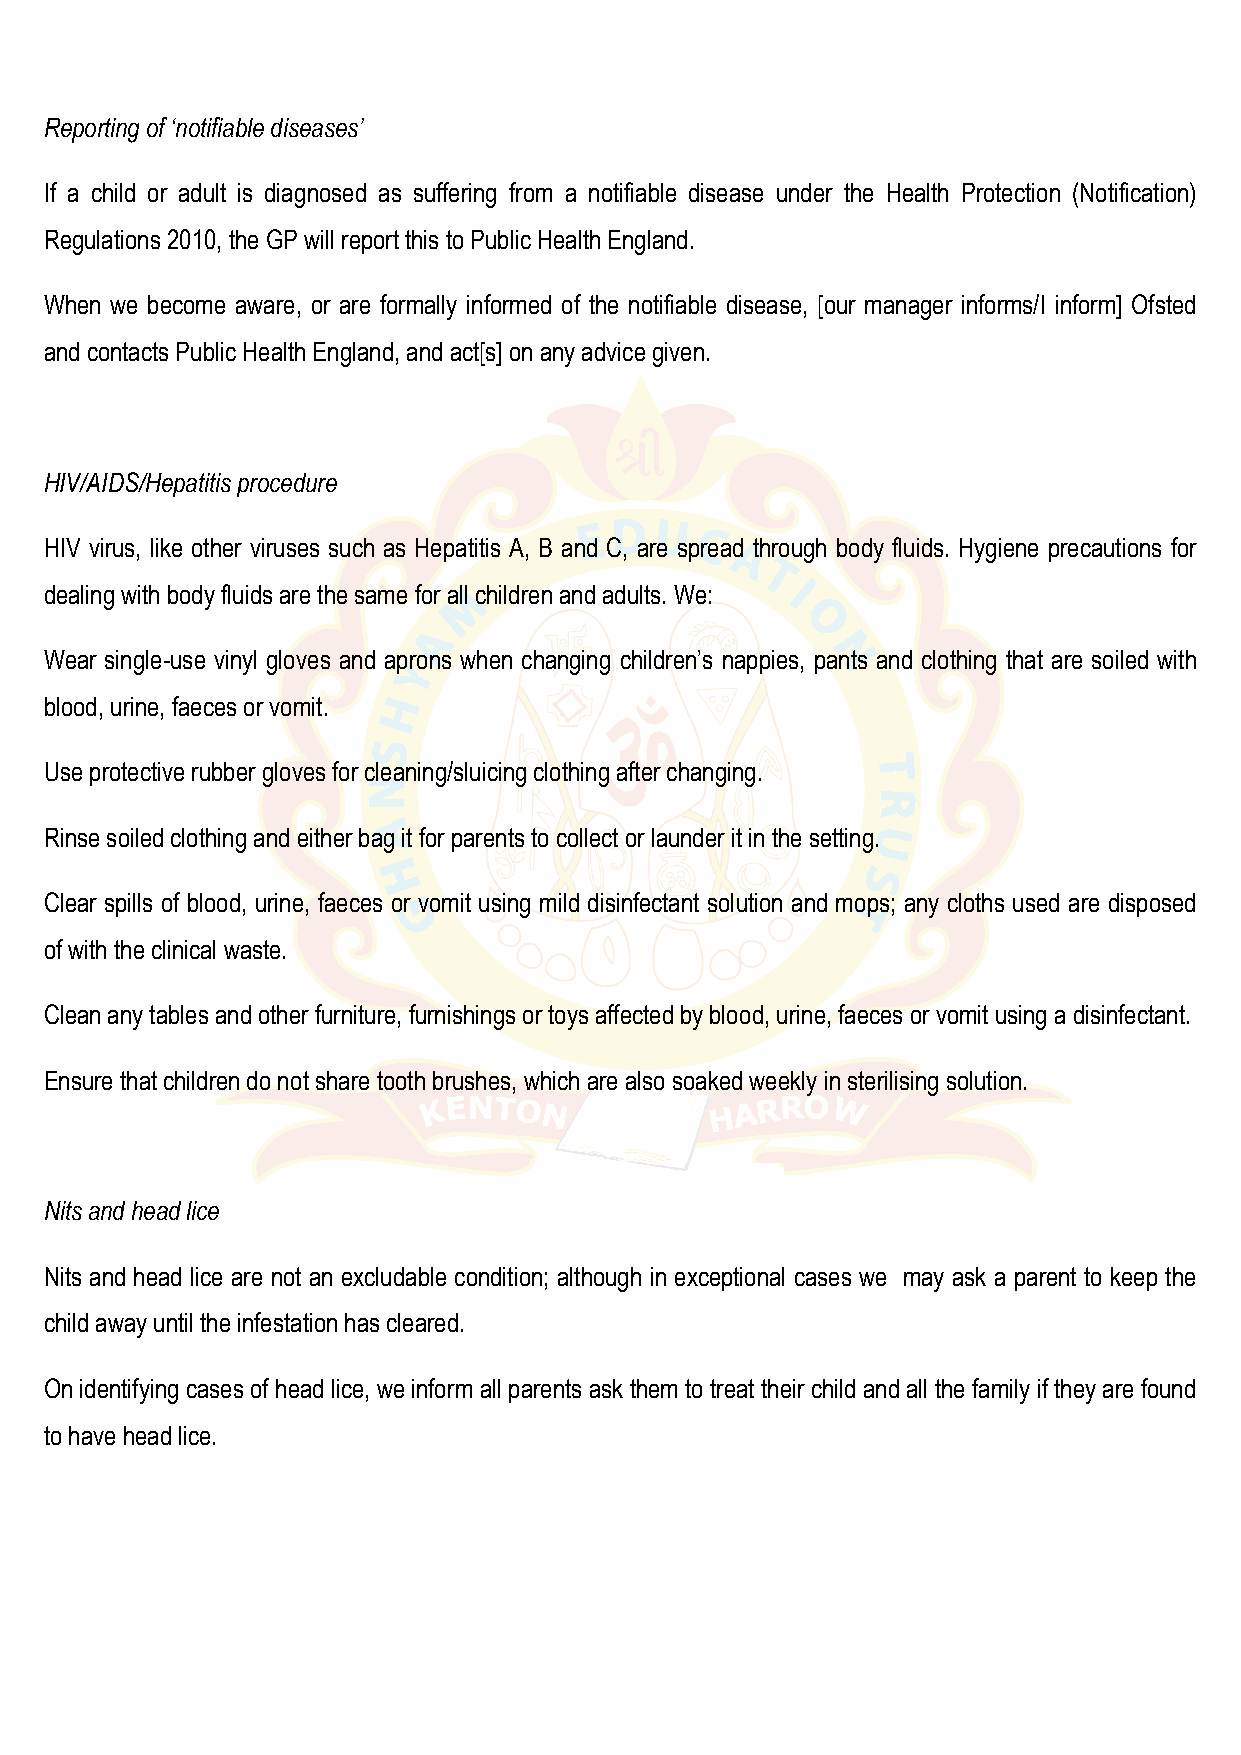
Reporting of ‘notifiable diseases’
 If a child or adult is diagnosed as suffering from a notifiable disease under the Health Protection (Notification)
 Regulations 2010, the GP will report this to Public Health England.
 When we become aware, or are formally informed of the notifiable disease, [our manager informs/I inform] Ofsted
 and contacts Public Health England, and act[s] on any advice given.
 HIV/AIDS/Hepatitis procedure
 HIV virus, like other viruses such as Hepatitis A, B and C, are spread through body fluids. Hygiene precautions for
 dealing with body fluids are the same for all children and adults. We:
 Wear single-use vinyl gloves and aprons when changing children’s nappies, pants and clothing that are soiled with
 blood, urine, faeces or vomit.
 Use protective rubber gloves for cleaning/sluicing clothing after changing.
 Rinse soiled clothing and either bag it for parents to collect or launder it in the setting.
 Clear spills of blood, urine, faeces or vomit using mild disinfectant solution and mops; any cloths used are disposed
 of with the clinical waste.
 Clean any tables and other furniture, furnishings or toys affected by blood, urine, faeces or vomit using a disinfectant.
 Ensure that children do not share tooth brushes, which are also soaked weekly in sterilising solution.
 Nits and head lice
 Nits and head lice are not an excludable condition; although in exceptional cases we may ask a parent to keep the
 child away until the infestation has cleared.
 On identifying cases of head lice, we inform all parents ask them to treat their child and all the family if they are found
 to have head lice.